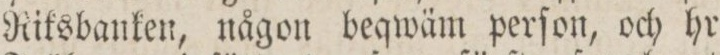
Riksbanken, någon beqwäm perſon, och hr